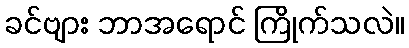
ခင်ဗျား ဘာအရောင် ကြိုက်သလဲ။